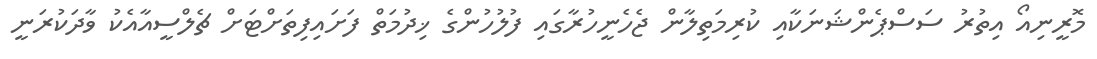
މޮރީނިއޯ އިތުރު ސަސްޕެންޝަނަކާއި ކުރިމަތިލާން ޖެހެނީހުރާގައި ފުލުހުންގެ ޚިދުމަތް ފަށައިފިތަށްޓަށް ޗެލްސީއާއެކު ވާދަކުރަނީ